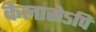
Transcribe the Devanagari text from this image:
कैलासेऽपि